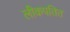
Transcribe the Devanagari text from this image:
लीकपतित